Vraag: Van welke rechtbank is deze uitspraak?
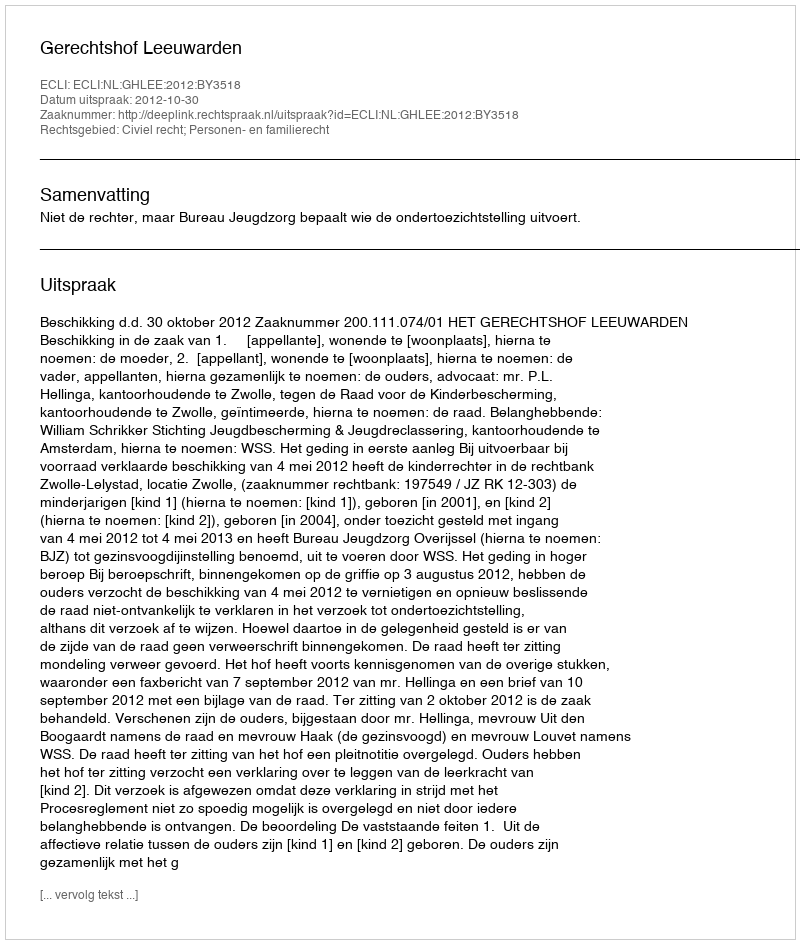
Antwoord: Gerechtshof Leeuwarden